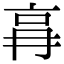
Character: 𠱗